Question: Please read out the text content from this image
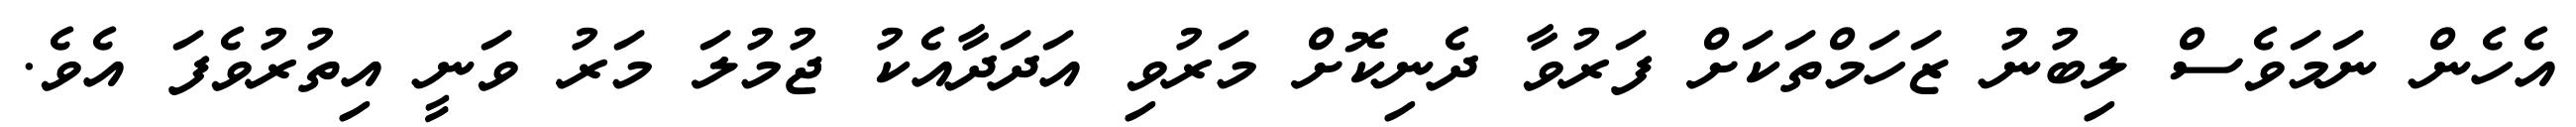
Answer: އެހެން ނަމަވެސް ލިބުނު ޒަހަމްތަކަށް ފަރުވާ ދެނިކޮށް މަރުވި އަދަދާއެކު ޖުމުލަ މަރު ވަނީ އިތުރުވެފަ އެވެ.